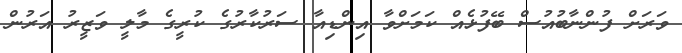
ވަރަށް ފުންނާބުއުސް ބޭފުޅެއް ކަމަށްވާ އިންޑިއާ ސަރުކާރުގެ ކުރީގެ މާލީ ވަޒީރު އަރުން